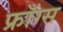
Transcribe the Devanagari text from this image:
फ्रॉग्स